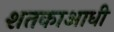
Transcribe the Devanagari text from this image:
शतकाआधी